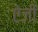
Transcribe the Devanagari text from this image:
ऐजी